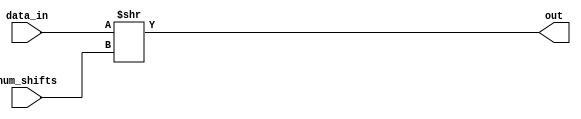
module shiftright32(
	input wire [31:0] data_in,
	input wire [31:0] num_shifts,
	output wire [31:0] out
);
	assign out[31:0] = data_in>>num_shifts;
endmodule